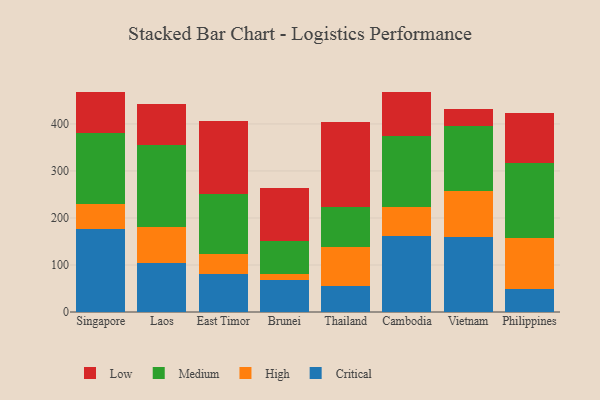
{"axis": {"x": "Country", "y": "Headcount"}, "legend": ["Critical", "High", "Low", "Medium"], "data": [{"x": "Singapore", "y": 177.3, "type": "Critical"}, {"x": "Singapore", "y": 52.8, "type": "High"}, {"x": "Singapore", "y": 150.9, "type": "Medium"}, {"x": "Singapore", "y": 86.4, "type": "Low"}, {"x": "Laos", "y": 105.0, "type": "Critical"}, {"x": "Laos", "y": 76.2, "type": "High"}, {"x": "Laos", "y": 174.6, "type": "Medium"}, {"x": "Laos", "y": 87.2, "type": "Low"}, {"x": "East Timor", "y": 81.6, "type": "Critical"}, {"x": "East Timor", "y": 42.6, "type": "High"}, {"x": "East Timor", "y": 127.2, "type": "Medium"}, {"x": "East Timor", "y": 154.5, "type": "Low"}, {"x": "Brunei", "y": 67.9, "type": "Critical"}, {"x": "Brunei", "y": 13.5, "type": "High"}, {"x": "Brunei", "y": 70.6, "type": "Medium"}, {"x": "Brunei", "y": 112.6, "type": "Low"}, {"x": "Thailand", "y": 55.0, "type": "Critical"}, {"x": "Thailand", "y": 83.6, "type": "High"}, {"x": "Thailand", "y": 85.7, "type": "Medium"}, {"x": "Thailand", "y": 179.1, "type": "Low"}, {"x": "Cambodia", "y": 160.9, "type": "Critical"}, {"x": "Cambodia", "y": 62.2, "type": "High"}, {"x": "Cambodia", "y": 151.4, "type": "Medium"}, {"x": "Cambodia", "y": 94.3, "type": "Low"}, {"x": "Vietnam", "y": 159.6, "type": "Critical"}, {"x": "Vietnam", "y": 97.6, "type": "High"}, {"x": "Vietnam", "y": 138.3, "type": "Medium"}, {"x": "Vietnam", "y": 36.0, "type": "Low"}, {"x": "Philippines", "y": 49.4, "type": "Critical"}, {"x": "Philippines", "y": 107.6, "type": "High"}, {"x": "Philippines", "y": 160.7, "type": "Medium"}, {"x": "Philippines", "y": 105.8, "type": "Low"}]}